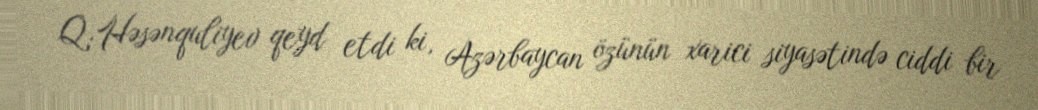
Q.Həsənquliyev qeyd etdi ki, Azərbaycan özünün xarici siyasətində ciddi bir